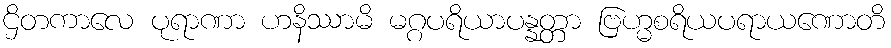
ဌိတကာလေ ပုရာဏာ ဟနိဿာမိ မဂ္ဂပရိယာပန္နတ္တာ ဗြဟ္မစရိယပရာယဏောတိ